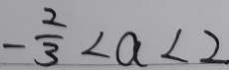
- \frac { 2 } { 3 } < a < 2